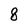
Character: 8